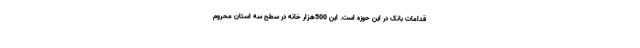
قدامات بانک در این حوزه است. این 500هزار خانه در سطح سه استان محروم